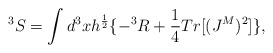
\begin{align*}^3S = \int d^3x h^{\frac {1}{2}}\{ - ^3R + \frac {1}{4}Tr[(J^M)^2]\},\end{align*}